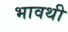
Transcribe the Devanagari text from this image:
भावथी